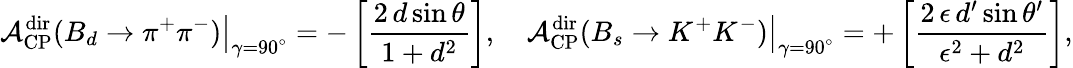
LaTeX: \left.{\cal A}_{\mathrm{CP}}^{\mathrm{dir}}(B_{d}\to\pi^{+}\pi^{-})\right|_{\gamma=90^{\circ}}=-\left[\frac{2\, d\sin\theta}{1+d^{2}}\right],\quad\left.{\cal A}_{\mathrm{CP}}^{\mathrm{dir}}(B_{s}\to K^{+}K^{-})\right|_{\gamma=90^{\circ}}=+\left[\frac{2\, \epsilon\, d^{\prime}\sin\theta^{\prime}}{\epsilon^{2}+d^{2}}\right],